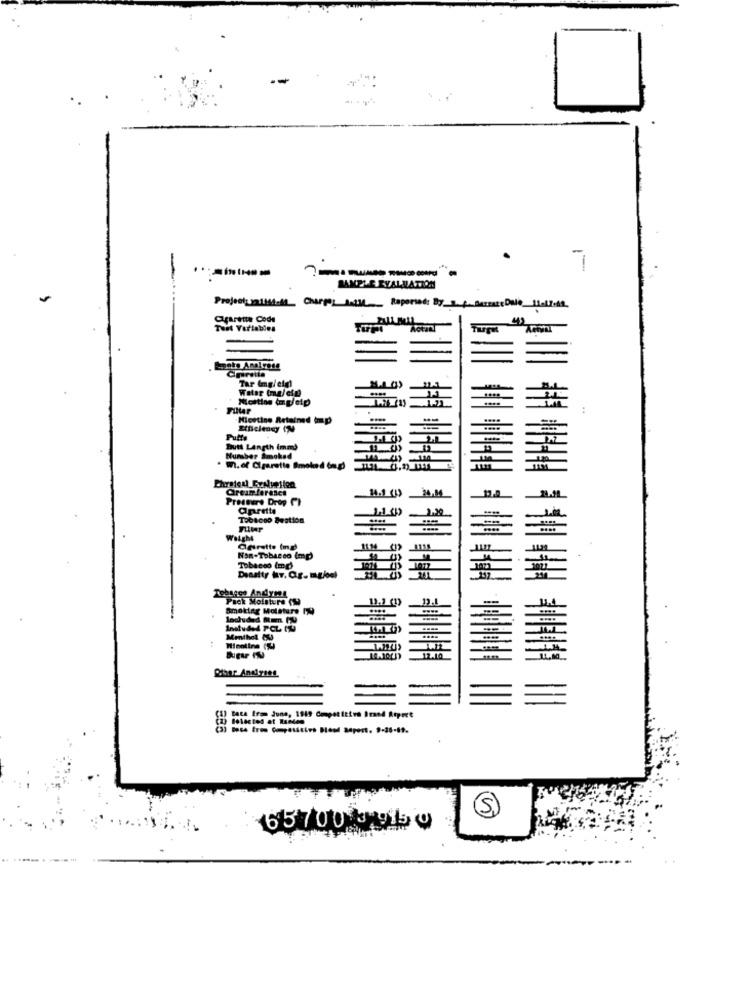
---- "
LAMELE EVALUATION
Cigaretta Code
Turp
Tar Img/eigl
Water (ma/efDi
Melting (mpoip
Hicetino Retained (mp
Puffs
Butt Length (mm)
Nuraber Smoked
w.of Cigarette Imola d (np)
Creamferascs
14.1 (
Pressure Drop ()
apretty
Tobacco gestion
WeLght
agrette Ind
1114
Non-Tobacco (mp)
Tobacco (mp)
1012
Density hv. Cg. mgjoel
Tobacco AndyMe
Pack Moisture (M
11.3 (1)
--
Smoklag Motsture IT
lachuded Ram PU
....
Menthal &4
S
65700 3 915 9